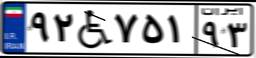
۹۲W۷۵۱۹۳